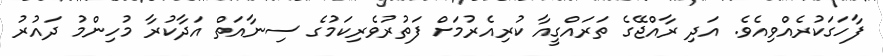
ފާހަގަކުރެއްވިއެވެ. އަދި ރާއްޖޭގެ ތަރައްގީއާ ކުރިއެރުމަށް ފަތުރުވެރިކަމުގެ ސިނާއަތް އަދާކުރާ މުހިންމު ދައުރު